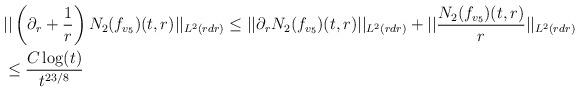
LaTeX: \begin{align*} &||\left(\partial_{r}+\frac{1}{r}\right)N_{2}(f_{v_{5}})(t,r)||_{L^{2}(r dr)} \leq ||\partial_{r}N_{2}(f_{v_{5}})(t,r)||_{L^{2}(r dr)} + ||\frac{N_{2}(f_{v_{5}})(t,r)}{r}||_{L^{2}(r dr)}\\&\leq \frac{C \log(t)}{t^{23/8}}\end{align*}